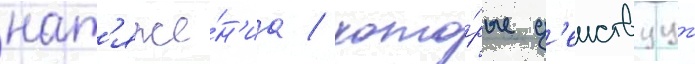
нат'яже́н'иа / кото́рые д'еиствуут